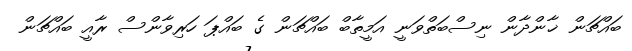
ބައްޗަން ޚާންދާން ނިސްބަތްވަނީ އަމީތާބް ބައްޗަން ގެ ބައްޕަ ހަރިވާންސް ރާއީ ބައްޗަން